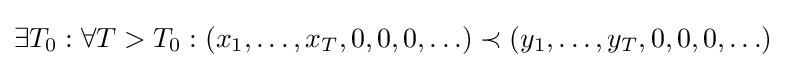
\exists T_{0}:\forall T>T_{0}:(x_{1},\ldots ,x_{T},0,0,0,\ldots )\prec (y_{1},\ldots ,y_{T},0,0,0,\ldots )